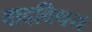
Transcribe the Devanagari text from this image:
वादविषय